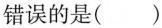
错误的是( )